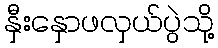
နှီးနှောဖလှယ်ပွဲသို့